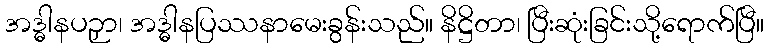
အဒ္ဓါနပဉှာ၊ အဒ္ဓါနပြဿနာမေးခွန်းသည်။ နိဋ္ဌိတာ၊ ပြီးဆုံးခြင်းသို့ရောက်ပြီ။